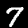
Label: 7